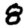
Digit: 8